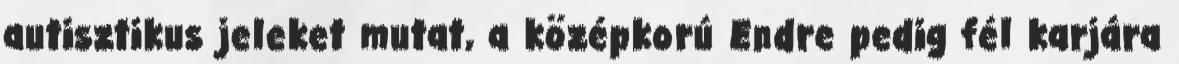
autisztikus jeleket mutat, a középkorú Endre pedig fél karjára